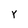
Character: Y